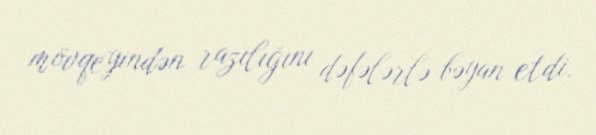
mövqeyindən razılığını dəfələrlə bəyan etdi.